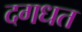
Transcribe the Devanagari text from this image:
दगधत